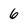
Character: 6